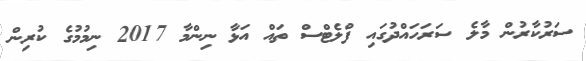
ސަރުކާރުން މާލެ ސަރަހައްދުގައި ފްލެޓްސް ތައް އަޅާ ނިންމާ 2017 ނިމުމުގެ ކުރިން